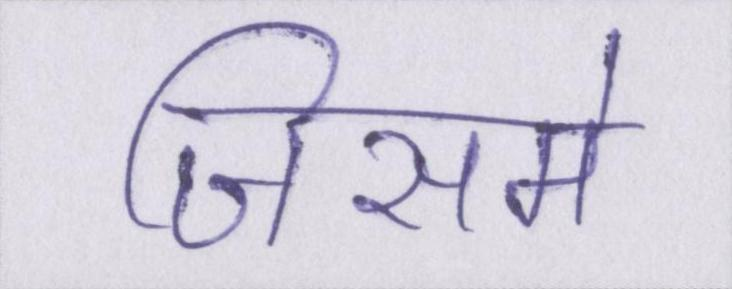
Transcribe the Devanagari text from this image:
जिसमे